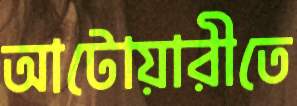
আটোয়ারীতে